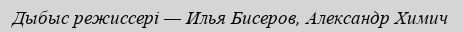
Дыбыс режиссері — Илья Бисеров, Александр Химич